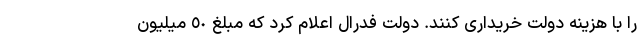
را با هزینه دولت خریداری کنند. دولت فدرال اعلام كرد كه مبلغ ٥٠ ميليون